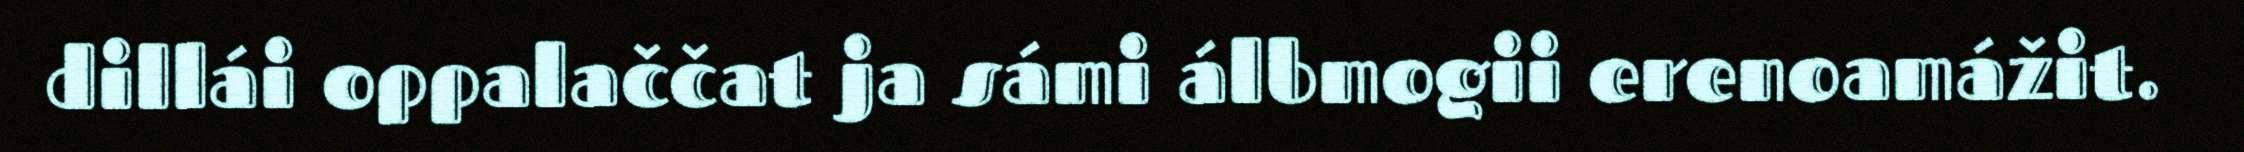
dillái oppalaččat ja sámi álbmogii erenoamážit.